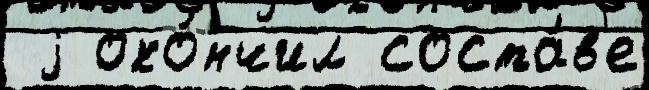
 j око́нчил соста́в'е